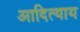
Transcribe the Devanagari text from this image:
आदित्याय